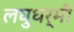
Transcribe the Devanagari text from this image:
लघुधर्मी